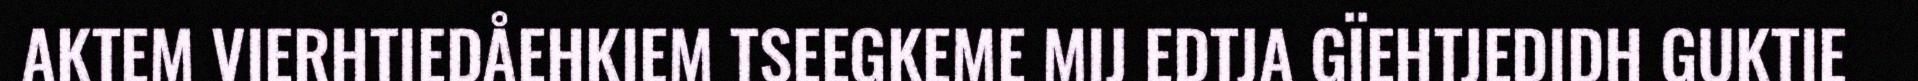
AKTEM VIERHTIEDÅEHKIEM TSEEGKEME MIJ EDTJA GÏEHTJEDIDH GUKTIE